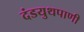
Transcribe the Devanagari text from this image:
दंडयुथपाणी